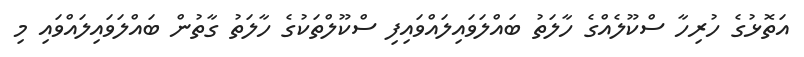
އަތޮޅުގެ ހުރިހާ ސްކޫލެއްގެ ހާލަތު ބައްލަވައިލައްވައިފި ސްކޫލްތަކުގެ ހާލަތު ގާތުން ބައްލަވައިލައްވައި މި